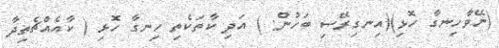
(ނޭވާހިނގާ ހޮޅި)(އިނގިރޭސި ބަހުން: ) އަދި ކާތަކެތި ހިނގާ ހޮޅި ( ކާއެއްޗެތިދާ